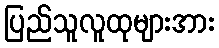
ပြည်သူလူထုများအား